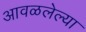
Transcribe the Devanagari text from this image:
आवळलेल्या